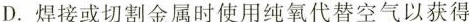
D. 焊接或切割金属时使用纯氧代替空气以获得